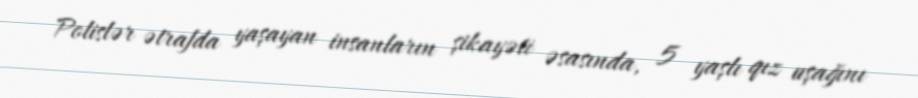
Polislər ətrafda yaşayan insanların şikayəti əsasında, 5 yaşlı qız uşağını